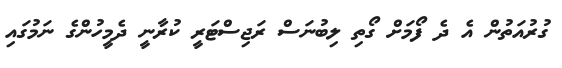
ގުރުއަތުން އެ ދެ ފޯމަށް ގޯތި ލިބުނަސް ރަޖިސްޓަރީ ކުރާނީ ދެމީހުންގެ ނަމުގައި